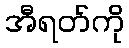
အီရတ်ကို